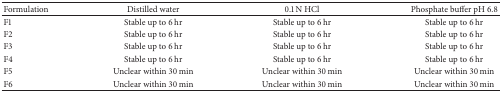
<table><thead><tr><td><b>Formulation</b></td><td><b>Distilled water</b></td><td><b>0.1 N HCl</b></td><td><b>Phosphate buffer pH 6.8</b></td></tr></thead><tbody><tr><td>F1</td><td>Stable up to 6 hr</td><td>Stable up to 6 hr</td><td>Stable up to 6 hr</td></tr><tr><td>F2</td><td>Stable up to 6 hr</td><td>Stable up to 6 hr</td><td>Stable up to 6 hr</td></tr><tr><td>F3</td><td>Stable up to 6 hr</td><td>Stable up to 6 hr</td><td>Stable up to 6 hr</td></tr><tr><td>F4</td><td>Stable up to 6 hr</td><td>Stable up to 6 hr</td><td>Stable up to 6 hr</td></tr><tr><td>F5</td><td>Unclear within 30 min</td><td>Unclear within 30 min</td><td>Unclear within 30 min</td></tr><tr><td>F6</td><td>Unclear within 30 min</td><td>Unclear within 30 min</td><td>Unclear within 30 min</td></tr></tbody></table>